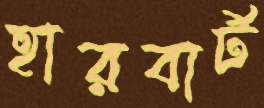
হারবার্ট